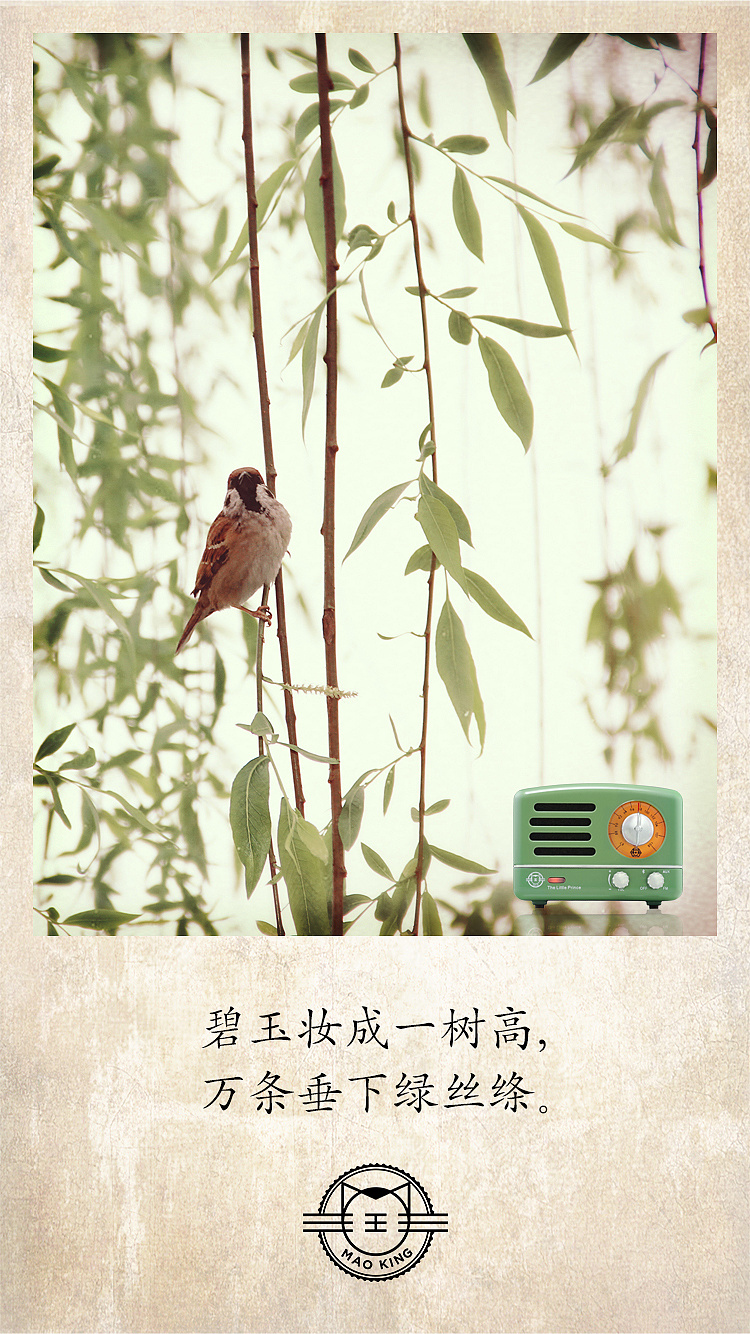
碧玉妆成一树高，万条垂下绿丝绦。